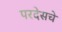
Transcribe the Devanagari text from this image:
परदेसचे